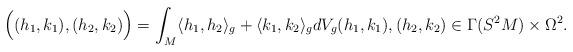
LaTeX: \begin{align*} \Big((h_1,k_1),(h_2,k_2)\Big)=\int_M \langle h_1,h_2 \rangle_g+\langle k_1,k_2 \rangle_g dV_g (h_1,k_1),(h_2,k_2)\in \Gamma(S^2M)\times \Omega^2. \end{align*}